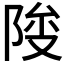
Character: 𱀕